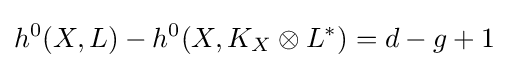
h^{0}(X,L)-h^{0}(X,K_{X}\otimes L^{*})=d-g+1